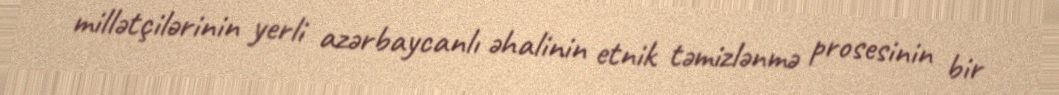
millətçilərinin yerli azərbaycanlı əhalinin etnik təmizlənmə prosesinin bir